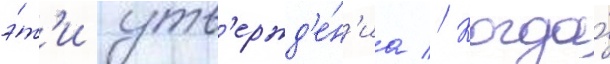
э́т'и утв'ержд'е́н'иа // Когда́